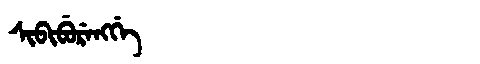
Manchu: ᠰᡳᠪᡳᠪᡠᡵᡝᠩᡤᡝ
Romanization: SIBIBURENGGE